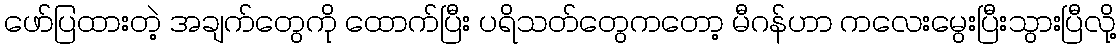
ဖော်ပြထားတဲ့ အချက်တွေကို ထောက်ပြီး ပရိသတ်တွေကတော့ မီဂန်ဟာ ကလေးမွေးပြီးသွားပြီလို့